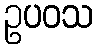
ဥပဝသ